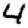
Digit: 4